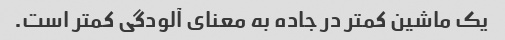
یک ماشین کمتر در جاده به معنای آلودگی کمتر است.